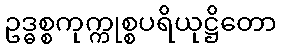
ဥဒ္ဓစ္စကုက္ကုစ္စပရိယုဋ္ဌိတော